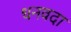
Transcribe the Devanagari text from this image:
धनवदा